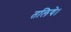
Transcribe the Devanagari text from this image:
तलिये।